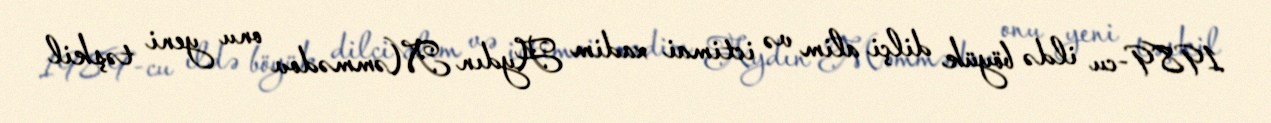
1989-cu ildə böyük dilçi alim və ictimai xadim Aydın Məmmədov onu yeni təşkil